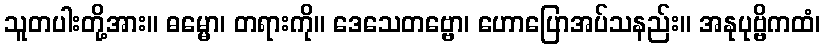
သူတပါးတို့အား။ ဓမ္မော၊ တရားကို။ ဒေသေတဗ္ဗော၊ ဟောပြောအပ်သနည်း။ အနုပုဗ္ဗိကထံ၊